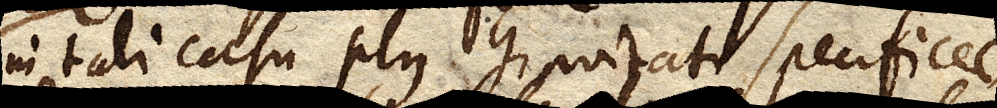
in tali casu plus gravitati specificae